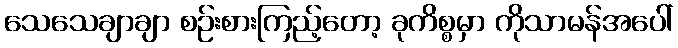
သေသေချာချာ စဉ်းစားကြည့်တော့ ခုကိစ္စမှာ ကိုသာမန်အပေါ်